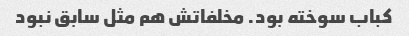
کباب سوخته بود. مخلفاتش هم مثل سابق نبود